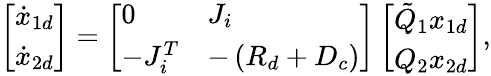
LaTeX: \left[\begin{array}{l}{\dot{x}_{1d}}\\ {\dot{x}_{2d}}\end{array}\right]=\left[\begin{array}{ll}{0}&{J_{i}}\\ {-J_{i}^{T}}&{-\left(R_{d}+D_{c}\right)}\end{array}\right]\left[\begin{array}{l}{\tilde{Q}_{1}x_{1d}}\\ {Q_{2}x_{2d}}\end{array}\right],